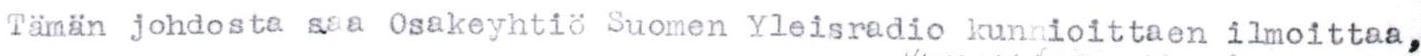
Tämän johdosta saa Osakeyhtiö Suomen Yleisradio kunnioittaen ilmoittaa,